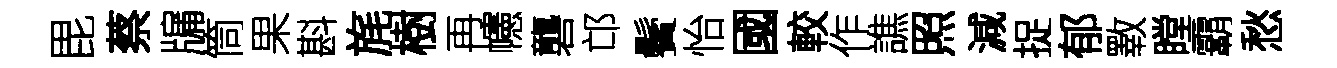
毘蔡牖筒果斟旄樹再幰礱邙鬢怡國較作譙照減捉郁斁瞠霸愁